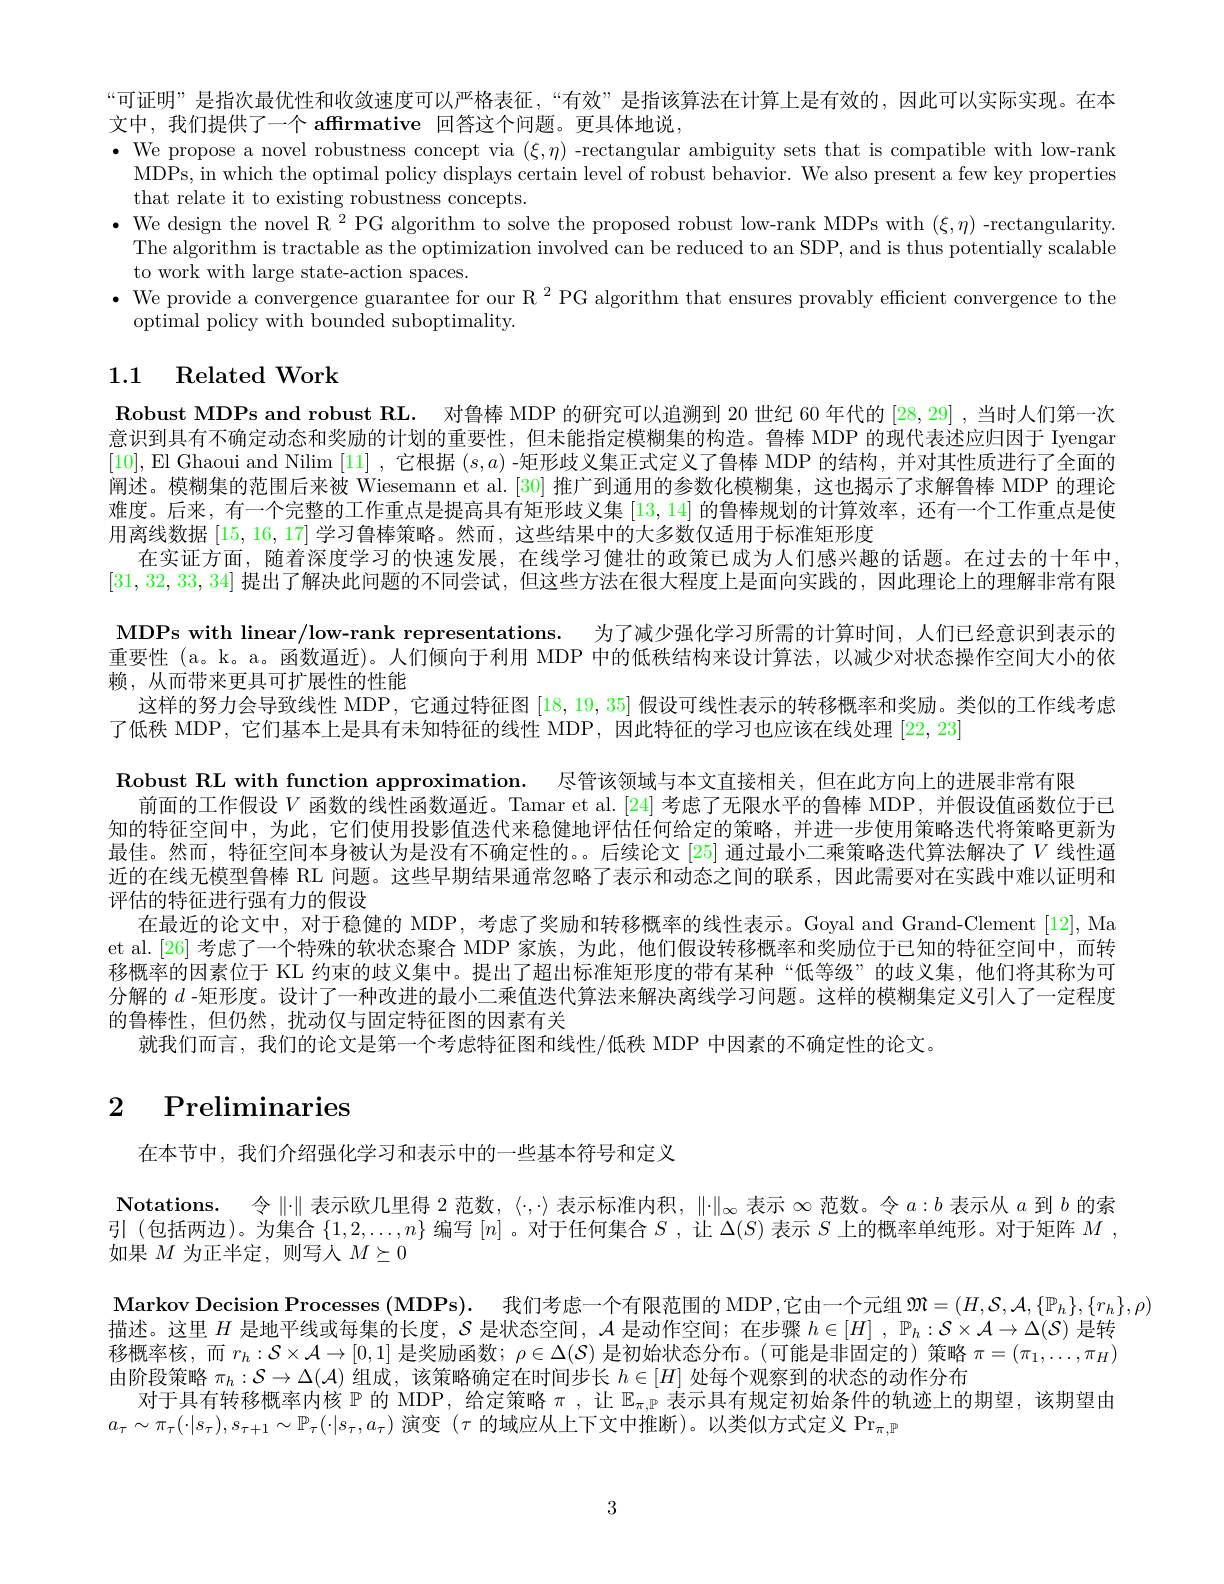
“可证明”是指次最优性和收敛速度可以严格表征，“有效”是指该算法在计算上是有效的，因此可以实际实现。在本
文中，我们提供了一个 affrmative 回答这个问题。更具体地说，
$\bullet$ We propose a novel robustness concept via $(\xi,\eta)$ -rectangular ambiguity sets that is compatible with low-rank
MDPs, in which the optimal policy displays certain level of robust behavior. We also present a few key properties
that relate it to existing robustness concepts.
$\bullet$ We design the novel R $^2$ PG algorithm to solve the proposed robust low-rank MDPs with $(\xi,\eta)$ -rectangularity.
The algorithm is tractable as the optimization involved can be reduced to an SDP, and is thus potentially scalable
to work with large state-action spaces.
$\bullet$ We provide a convergence guarantee for our R $^2$ PG algorithm that ensures provably efficient convergence to the
optimal policy with bounded suboptimality.

## 1.1 Related Work

Robust MDPs and robust RL. 对鲁棒 MDP 的研究可以追溯到 20 世纪 60 年代的[28,29] ,当时人们第一次意识到具有不确定动态和奖励的计划的重要性，但未能指定模糊集的构造。鲁棒 MDP 的现代表述应归因于 Iyengar [10], El Ghaoui and Nilim [11],它根据$(s,a)$ -矩形歧义集正式定义了鲁棒 MDP 的结构，并对其性质进行了全面的阐述。模糊集的范围后来被 Wiesemann et al.[30] 推广到通用的参数化模糊集，这也揭示了求解鲁棒 MDP 的理论难度。后来，有一个完整的工作重点是提高具有矩形歧义集[13,14]的鲁棒规划的计算效率，还有一个工作重点是使用离线数据[15,16,17]学习鲁棒策略。然而，这些结果中的大多数仅适用于标准矩形度
在实证方面，随着深度学习的快速发展，在线学习健壮的政策已成为人们感兴趣的话题。在过去的十年中， [31,32,33,34]提出了解决此问题的不同尝试，但这些方法在很大程度上是面向实践的，因此理论上的理解非常有限MDPs with linear/low-rank representations. 为了减少强化学习所需的计算时间，人们已经意识到表示的重要性 (a。k。a。函数逼近)。人们倾向于利用 MDP 中的低秩结构来设计算法，以减少对状态操作空间大小的依赖，从而带来更具可扩展性的性能
这样的努力会导致线性 MDP, 它通过特征图[18,19,35]假设可线性表示的转移概率和奖励。类似的工作线考虑
了低秩 MDP, 它们基本上是具有未知特征的线性 MDP, 因此特征的学习也应该在线处理[22,23]
Robust RL with function approximation. 尽管该领域与本文直接相关，但在此方向上的进展非常有限
前面的工作假设$V$ 函数的线性函数逼近。Tamar et al.[24] 考虑了无限水平的鲁棒 MDP, 并假设值函数位于已知的特征空间中，为此，它们使用投影值迭代来稳健地评估任何给定的策略，并进一步使用策略迭代将策略更新为最佳。然而，特征空间本身被认为是没有不确定性的。。后续论文 [25] 通过最小二乘策略迭代算法解决了$V$ 线性逼近的在线九模型鲁棒 RL 问题。这些早期结果通常忽略了表示和动态之间的联系，因此需要对在实践中难以让明和评估的特征进行强有力的假设
在最近的论文中，对于稳健的 MDP,考虑了奖励和转移概率的线性表示。Goyal and Grand-Clement [12], Ma et al.[26] 考虑了一个特殊的软状态聚合 MDP 家族，为此，他们假设转移概率和奖励位于已知的特征空间中，而转移概率的因素位于 KL 约束的歧义集中。提出了超出标准矩形度的带有某种“低等级”的歧义集，他们将其称为可分解的$d$ -矩形度。设计了一种改进的最小二乘值迭代算法来解决离线学习问题。这样的模糊集定义引人了一定程度的鲁棒性，但仍然，扰动仅与固定特征图的因素有关
就我们而言，我们的论文是第一个考虑特征图和线性/低秩 MDP 中因素的不确定性的论文。

# 2 Preliminaries

在本节中，我们介绍强化学习和表示中的一些基本符号和定义

$\textbf{Notations. 令 }\| \cdot \|$表示欧几里得 2 范数，$\langle\cdot,\cdot\rangle$表示标准内积，$\|\cdot\|_\infty$表示$\infty$范数。令$a:b$表示从$a$到$b$的索引(包括两边)。为集合$\{1,2,\ldots,n\}$编写$[n]$ 。对于任何集合$S$ ,让$\Delta(S)$表示$S$上的概率单纯形。对于矩阵$M$ , 如果$M$为正半定，则写人$M\succeq0$
Markov Decision Processes $( \mathbf{MDPs}) .$ 我们考虑一个有限范围的 MDP,它由一个元组 $\mathfrak{M}=(H,\mathcal{S},\mathcal{A},\{\mathbb{P}_h\},\{r_h\},\rho)$
描述。这里$H$是地平线或每集的长度，$S$是状态空间，$\mathcal{A}$是动作空间；在步骤$h\in[H]$ , $\mathbb{P}_h:\mathcal{S}\times\mathcal{A}\to\Delta(\mathcal{S})$是转移概率核，而$r_h:\mathcal{S}\times\mathcal{A}\to[0,1]$是奖励函数；$\rho\in\Delta(\mathcal{S})$是初始状态分布。(可能是非固定的) 策略$\pi=(\pi_1,\ldots,\pi_H)$ 由阶段策略$\pi_h:\mathcal{S}\to\Delta(\mathcal{A})$组成，该策略确定在时间步长$h\in[H]$处每个观察到的状态的动作分布
对于具有转移概率内核$\mathbb{P}$的 MDP, 给定策略$\pi$ ,让$\mathbb{E}_\pi,\mathbb{P}$表示具有规定初始条件的轨迹上的期望，该期望由
$a_{\tau}\sim\pi_{\tau}(\cdot|s_{\tau}),s_{\tau+1}\sim\mathbb{P}_{\tau}(\cdot|s_{\tau},a_{\tau})$演变$(\tau$的域应从上下文中推断)。以类似方式定义$\Pr_{\pi,\mathbb{P}}$

3